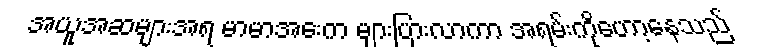
အယူအဆများအရ မာမာအေးက များပြားလာကာ အရမ်းကိုဟော့နေသည်